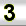
Digit: 3